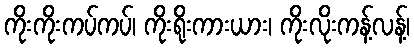
ကိုးကိုးကပ်ကပ်၊ ကိုးရိုးကားယား၊ ကိုးလိုးကန့်လန့်၊